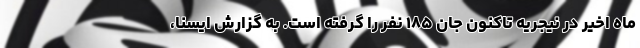
ماه اخیر در نیجریه تاکنون جان ۱۸۵ نفر را گرفته است. به گزارش ایسنا،